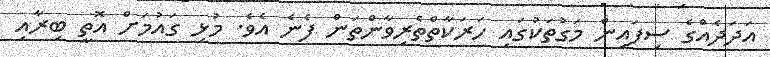
އަދަދެއްގެ ސިފައިން މަގުތަކުގައި ހަރަކާތްތެރިވާންތަން ފެނެ އެވެ. މުޅި ގައުމަށް އޮތީ ބިރާއި